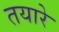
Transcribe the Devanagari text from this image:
तयारे